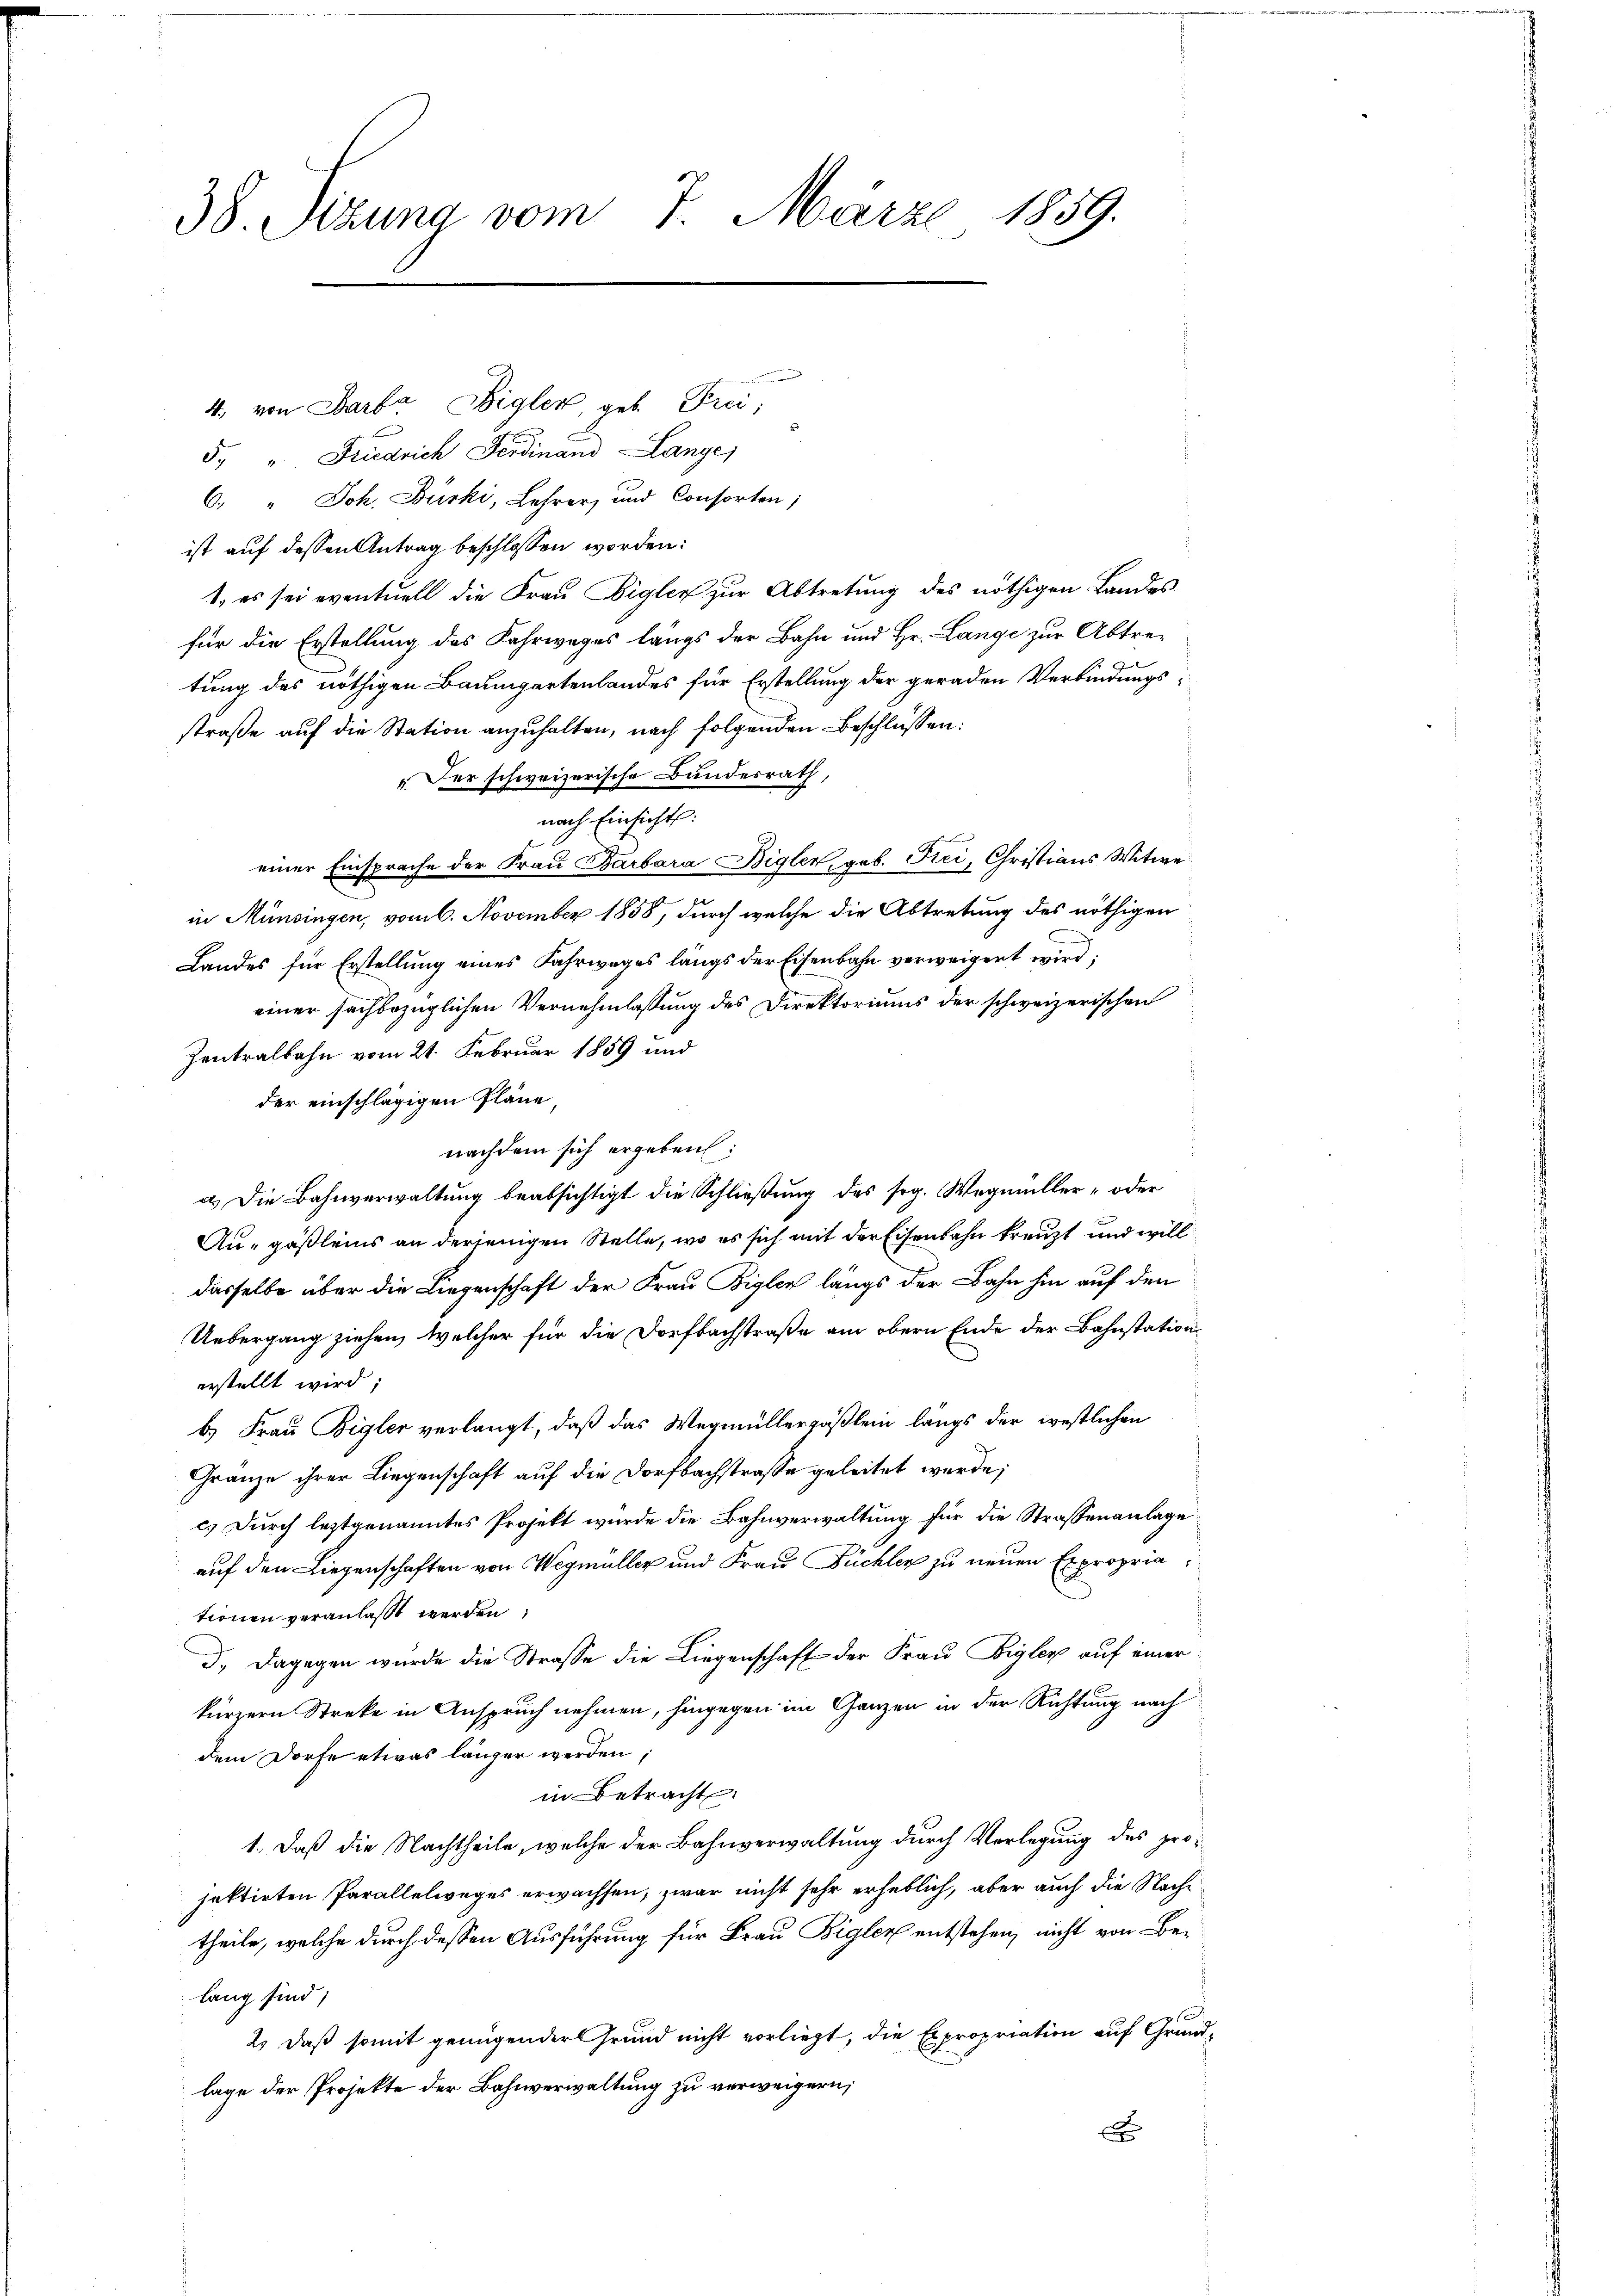
38. Sizung vom 7. März 1859.

4. von Barba Bigler, geb. Frei;
5 " Friedrich Ferdinand Lange
6. " Joh. Bürki, Lehrer, und Consorten;
ist auf dessen Antrag beschlossen worden:
1., es sei eventuell die Frau Bigler zur Abtretung des nöthigen Landes
für die Erstellung des Fahrweges längs der Bahn und Hr. Lange zur Abtretung des nöthigen Baumgartenlandes für Erstellung der geraden Verbindungs-
straße auf die Station anzuhalten, nach folgenden Beschlüssen:
„Der schweizerische Bundesrath,
nach Einsicht
einer Einsprache der Frau Barbara Bigler, geb. Frei, Christians Witwe
in Münsingen, vom 6. November 1858, durch welche die Abtretung des nöthigen
Landes für Erstellung eines Fahrweges längs der Eisenbahn verweigert wird;
einer sachbezüglichen Vernehmlassung des Direktoriums der schweizerischen
Zentralbahn vom 21. Februar 1859 und
der einschlägigen Pläne
nachdem sich ergeben:
a.) Die Bahnverwaltung beabsichtigt die Schließung des sog. Wegmüller- oder
Au-gäßleins an derjenigen Stelle, wo es sich mit der Eisenbahn kreuzt und will
dasselbe über die Liegenschaft der Frau Bigler längs der Bahn hin auf den
Uebergang ziehen, welcher für die Dorfbachstraße am obern Ende der Bahnstation
erstellt wird;
b.) Frau Bigler verlangt, daß das Wegmüllergößlein längs der westlichen
Gränze ihrer Liegenschaft auf die Dorfbachstrasse geleitet werde;
cs durch leztgenanntes Projekt würde die Bahnverwaltung für die Strassenanlage
auf den Liegenschaften von Wegmüller und Frau Füchler zu neuen Expropria
tionen veranlaßt werden,
J. Dagegen wurde die Strasse die Liegenschaft der Frau Bigler auf einer
kürzern Streke in Anspruch nehmen, hingegen im Ganzen in der Richtung nach
dem Dorfe etwas länger werden;
in Betracht:
1., Daß die Nachtheile, welche der Bahnverwaltung durch Verlegung des projektirten Parallelweges erwachsen, zwar nicht sehr erheblich, aber auch die Nachtheile, welche durch dessen Ausführung für Frau Bigler entstehen, nicht von Be-
lang sind;
2) daß somit genügender Grund nicht vorliegt, die Expropriation auf Grundlage der Projekte der Bahnverwaltung zu verweigern;
xx